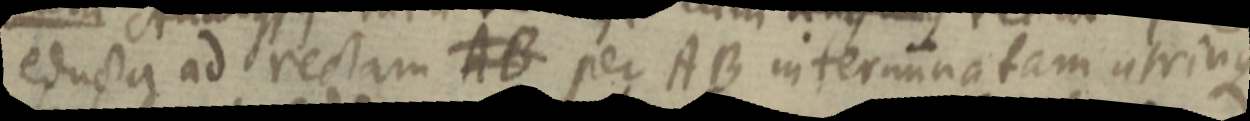
educta ad rectam AB per AB interminatam utrinque